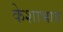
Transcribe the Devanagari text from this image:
केशाभाव